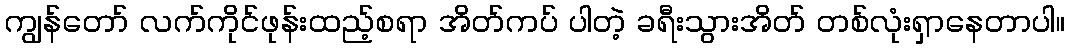
ကျွန်တော် လက်ကိုင်ဖုန်းထည့်စရာ အိတ်ကပ် ပါတဲ့ ခရီးသွားအိတ် တစ်လုံးရှာနေတာပါ။